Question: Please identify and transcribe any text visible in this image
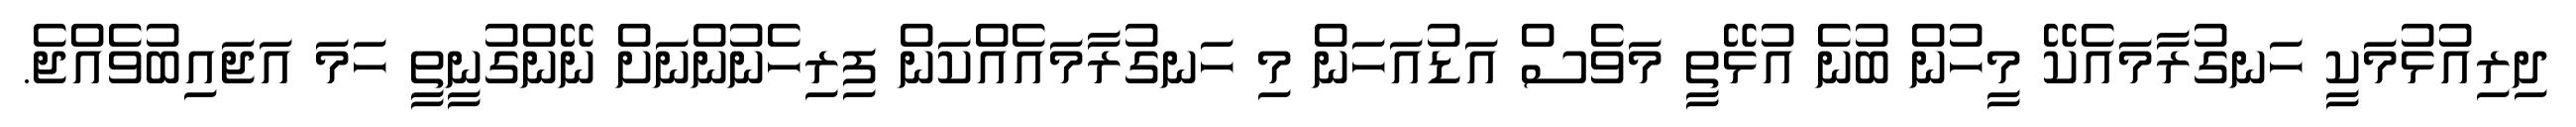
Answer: ދިރިއުޅުމަކީ ހަނގުރާމައެކޭ މީހުން ބުނެ އުޅޭތީ މަވެސް އަޑުއަހަން މި ހަނގުރާމައެއްކަން ފިރިހެނުންނަށް ނޭންގުނީތީ ހަމަ އަޖައިބުވެއްޖެ.